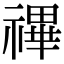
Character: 𥛘